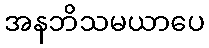
အနဘိသမယာပေ